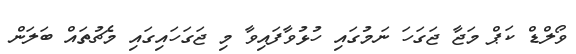
ވޯލްޑް ކަޕް މަޖާ ޖަގަހަ ނަމުގައި ހުޅުވާފައިވާ މި ޖަގަހައިގައި މެޗުތައް ބަލަން